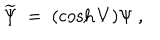
LaTeX: \widetilde \Psi \ = \ ( \cosh V ) \Psi \ ,